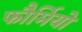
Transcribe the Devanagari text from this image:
फौर्मियो